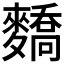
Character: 𪍷